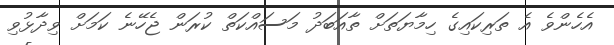
އެހެންވެ އެ ތަރިކައިގެ ހިމާޔަތަށް ތާއަބަދު މަސައްކަތް ކުރަން ޖެހޭނެ ކަމަށް ވިދާޅުވި